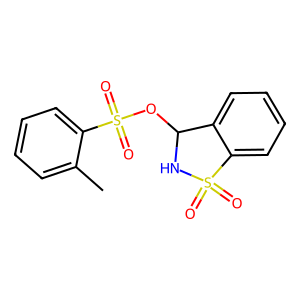
SMILES: Cc1ccccc1S(=O)(=O)OC1NS(=O)(=O)c2ccccc21
Inhibits HIV replication: No